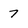
Character: 7